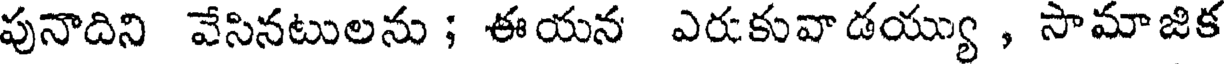
పునాదిని వేసినటులను ; ఈయన ఎరుకువాడయ్యు , సామాజిక